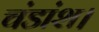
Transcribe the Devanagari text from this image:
चंडांश।